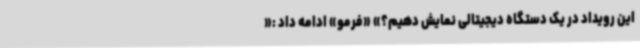
این رویداد در یک دستگاه دیجیتالی نمایش دهیم؟»‌ «فرمو» ادامه داد :«